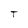
Character: T